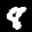
Label: 8